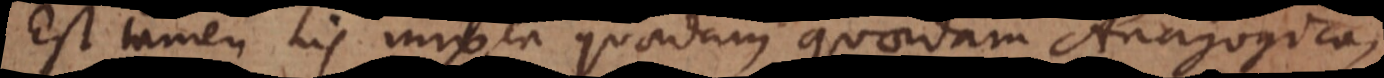
Est tamen his mixta quaedam Anagogica,